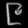
Digit: ၉